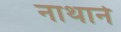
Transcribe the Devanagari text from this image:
नाथाने